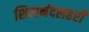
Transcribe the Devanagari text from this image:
शिवानंदलहरी